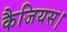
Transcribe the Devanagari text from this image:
कैजियस।